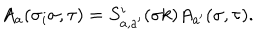
A _ { a } ( \sigma _ { i } \sigma , \tau ) = S _ { a , a ^ { \prime } } ^ { i } ( \sigma k ) A _ { a ^ { \prime } } ( \sigma , \tau ) .